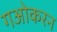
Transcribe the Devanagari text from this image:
गओकरन